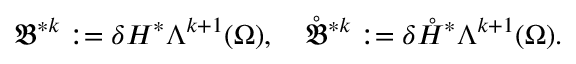
\mathfrak { B } ^ { \ast k } : = \delta H ^ { \ast } \Lambda ^ { k + 1 } ( \Omega ) , \quad \mathring { \mathfrak { B } } ^ { \ast k } : = \delta \mathring { H } ^ { \ast } \Lambda ^ { k + 1 } ( \Omega ) .